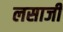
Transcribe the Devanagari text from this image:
लसाजी